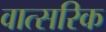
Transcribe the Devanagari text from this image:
वात्सरिक